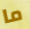
ما